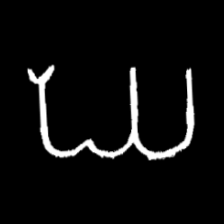
Pyu character \u2014 Myanmar letter: ဃ (romanized: gha)